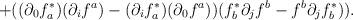
LaTeX: \begin{align*}+((\partial_0 f^{*}_a ) (\partial_i f^a ) -(\partial_i f^{*}_a )(\partial_0 f^a )) (f^{*}_b \partial_j f^b - f^b \partial_j f^{*}_b )).\end{align*}